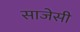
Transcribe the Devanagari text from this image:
साजेसी